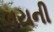
લયની